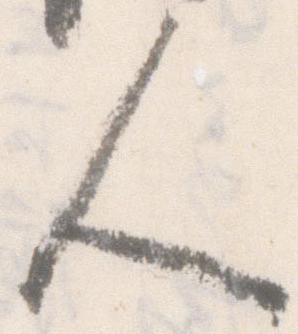
人